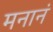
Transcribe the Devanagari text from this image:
मनानं